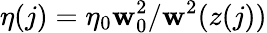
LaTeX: \eta(j)=\eta_{0}\mathbf{w}_{0}^{2}/\mathbf{w}^{2}(z(j))